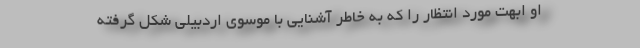
او ابّهت مورد انتظار را که به خاطر آشنایی با موسوی اردبیلی شکل گرفته